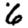
Digit: 6